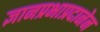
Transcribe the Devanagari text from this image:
ज्ञानप्रभाप्रदानेन